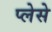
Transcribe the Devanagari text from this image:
प्लेसे